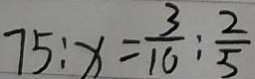
7 5 : x = \frac { 3 } { 1 0 } : \frac { 2 } { 5 }